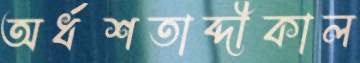
অর্ধশতাব্দীকাল